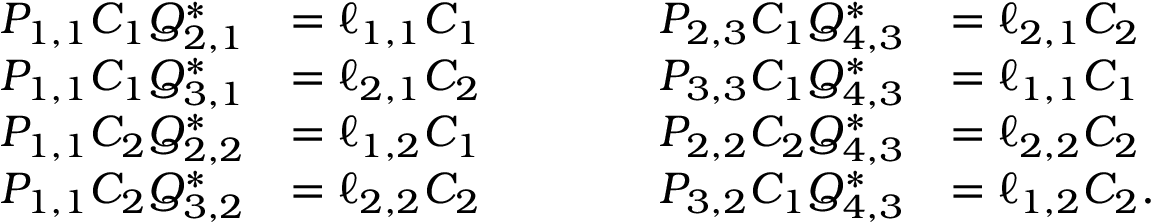
\begin{array} { r l } { P _ { 1 , 1 } C _ { 1 } Q _ { 2 , 1 } ^ { * } } & { = \ell _ { 1 , 1 } C _ { 1 } } \\ { P _ { 1 , 1 } C _ { 1 } Q _ { 3 , 1 } ^ { * } } & { = \ell _ { 2 , 1 } C _ { 2 } } \\ { P _ { 1 , 1 } C _ { 2 } Q _ { 2 , 2 } ^ { * } } & { = \ell _ { 1 , 2 } C _ { 1 } } \\ { P _ { 1 , 1 } C _ { 2 } Q _ { 3 , 2 } ^ { * } } & { = \ell _ { 2 , 2 } C _ { 2 } } \end{array} \quad \quad \quad \begin{array} { r l } { P _ { 2 , 3 } C _ { 1 } Q _ { 4 , 3 } ^ { * } } & { = \ell _ { 2 , 1 } C _ { 2 } } \\ { P _ { 3 , 3 } C _ { 1 } Q _ { 4 , 3 } ^ { * } } & { = \ell _ { 1 , 1 } C _ { 1 } } \\ { P _ { 2 , 2 } C _ { 2 } Q _ { 4 , 3 } ^ { * } } & { = \ell _ { 2 , 2 } C _ { 2 } } \\ { P _ { 3 , 2 } C _ { 1 } Q _ { 4 , 3 } ^ { * } } & { = \ell _ { 1 , 2 } C _ { 2 } . } \end{array}